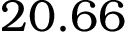
2 0 . 6 6